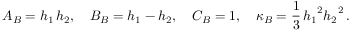
A _ { B } = h _ { 1 } \, h _ { 2 } , \quad B _ { B } = h _ { 1 } - h _ { 2 } , \quad C _ { B } = 1 , \quad \kappa _ { B } = \frac 1 3 \, { h _ { 1 } } ^ { 2 } { h _ { 2 } } ^ { 2 } \, .